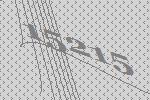
15215